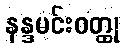
နန္ဒမင်းဝတ္ထု